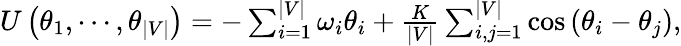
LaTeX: \begin{array}{r}{U\left(\theta_{1},\cdots,\theta_{\vert V\vert}\right)=-\sum_{i=1}^{\vert V\vert}\omega_{i}\theta_{i}+\frac{K}{\vert V\vert}\sum_{i,j=1}^{\vert V\vert}\cos\left(\theta_{i}-\theta_{j}\right),}\end{array}